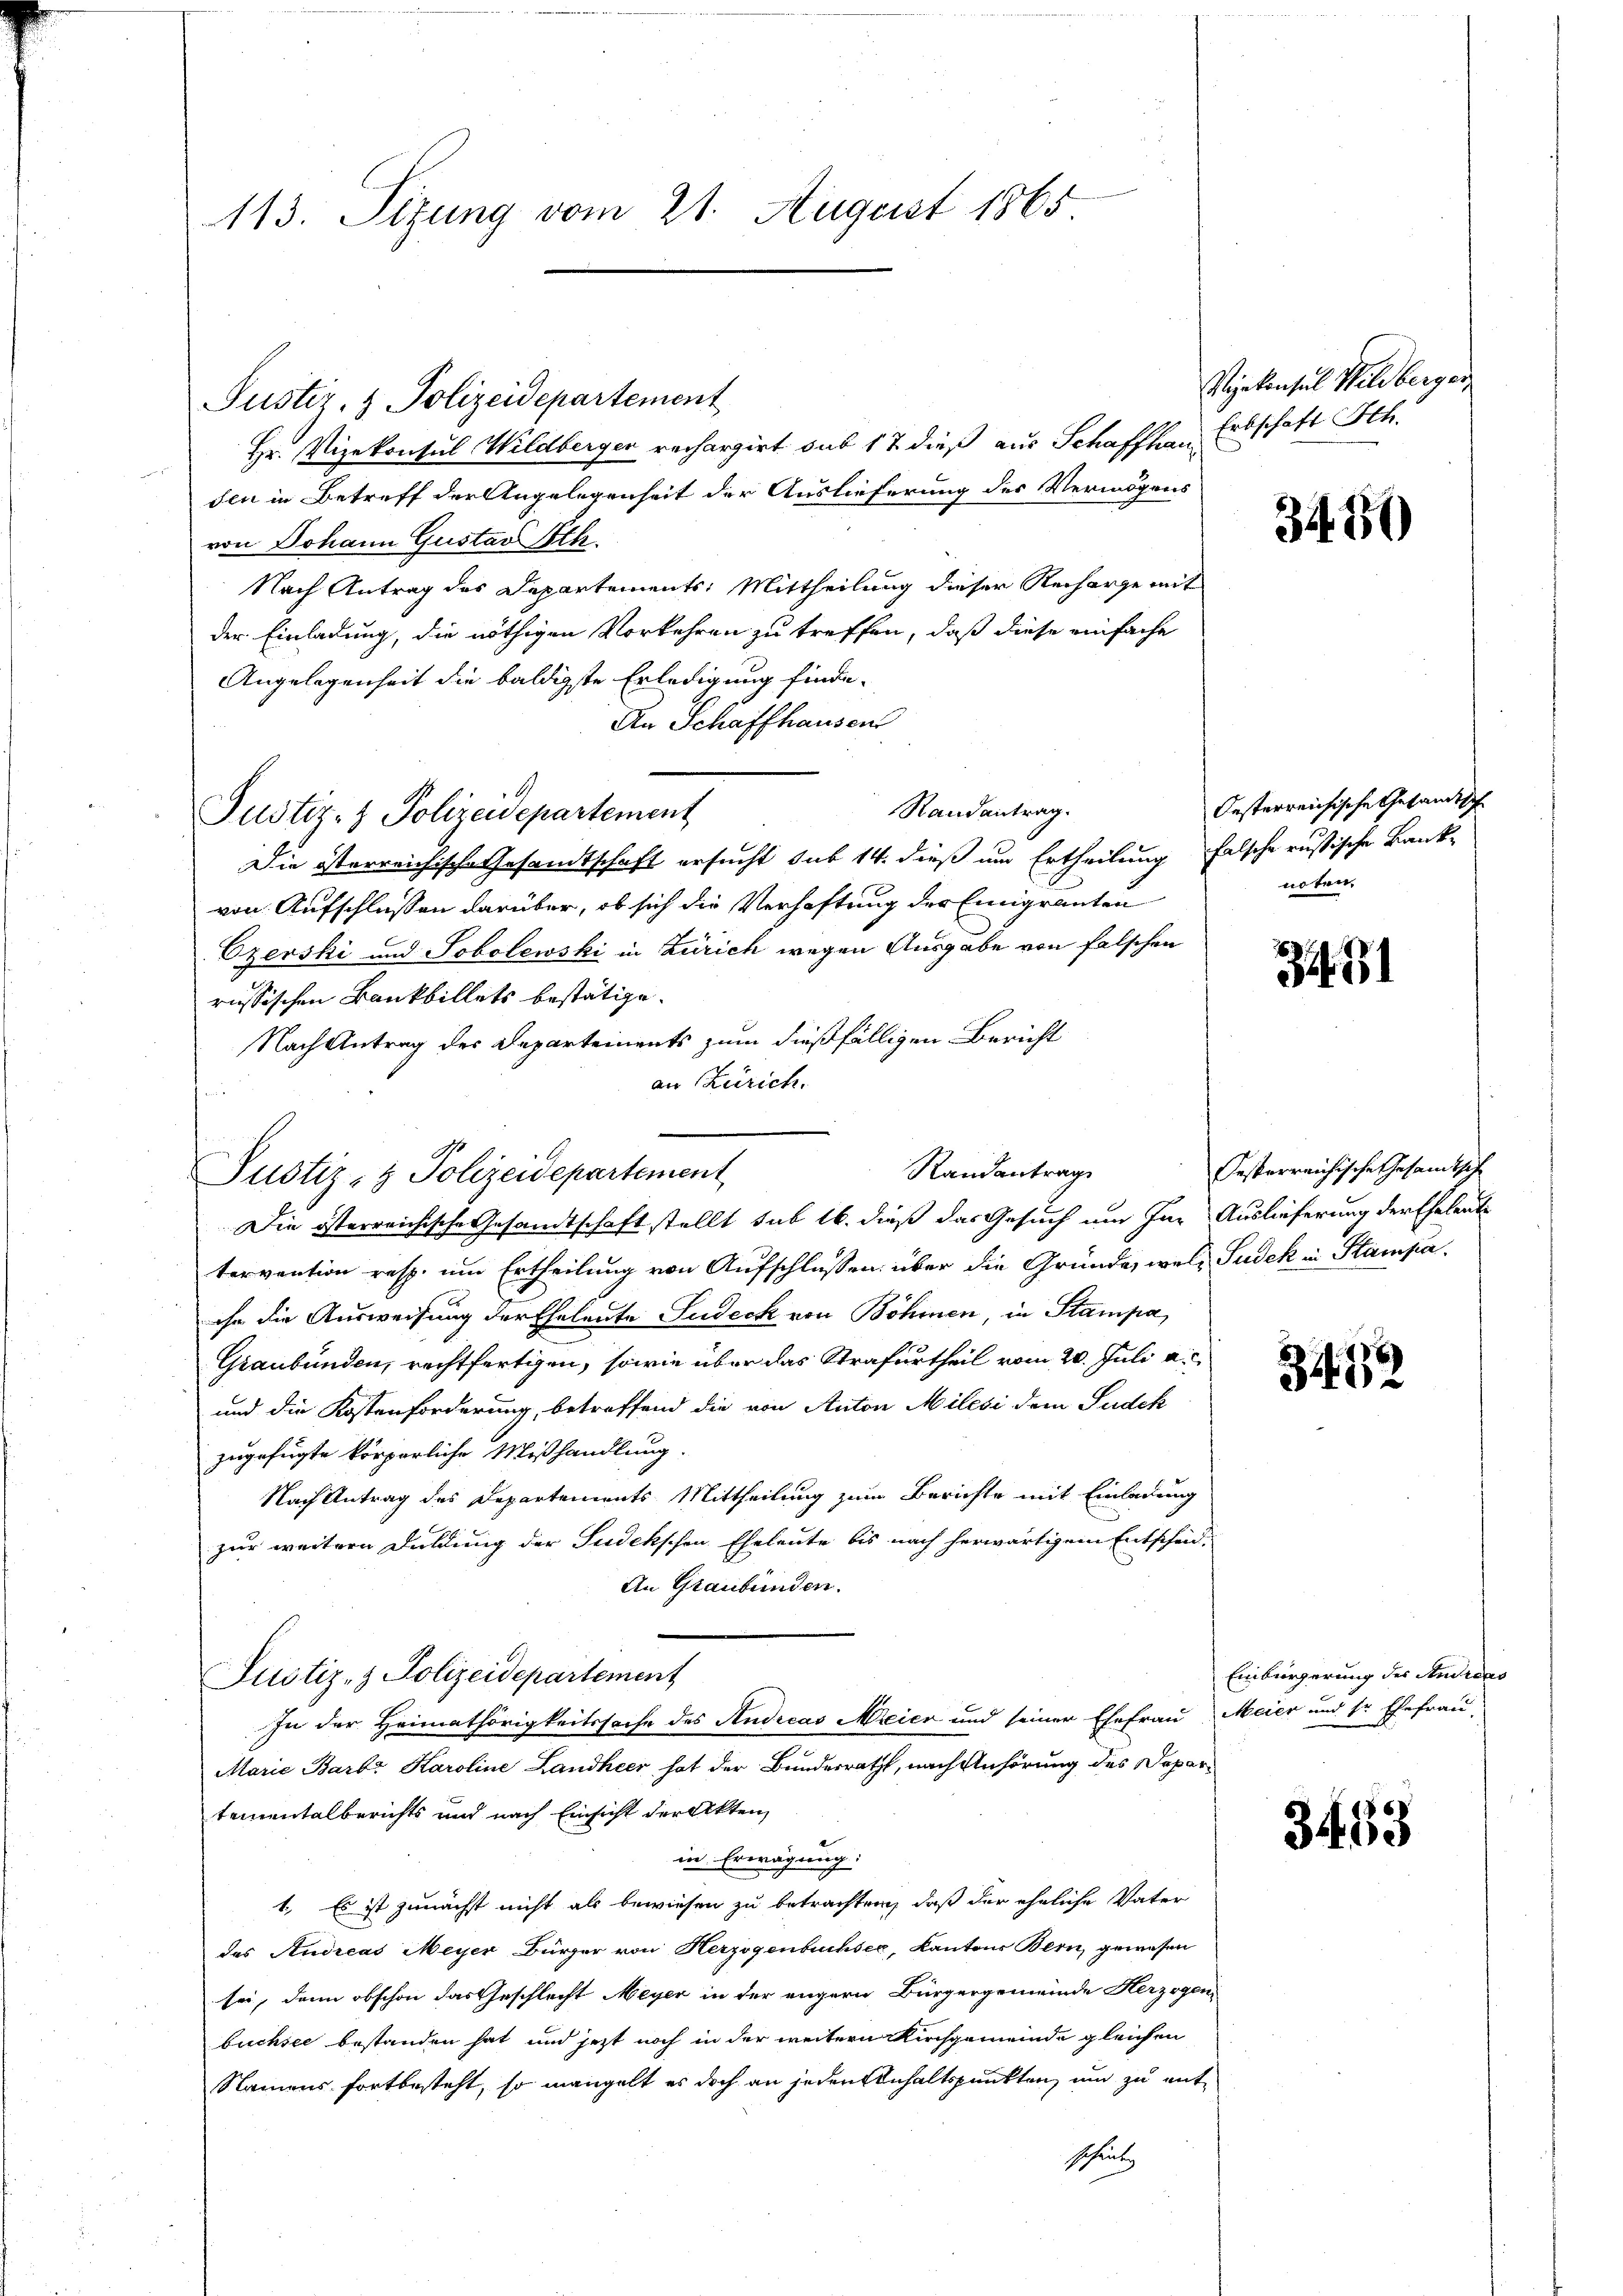
Hr. Vizekonsul Wildberger rechargirt sub 17 dieß aus Schaffhaus Erbschaft Sch.
den in Betreff der Angelegenheit der Auslieferung des Vermögens
von Johann Gustav Ath.
Nach Antrag des Departements Mittheilung dieser Recharge mit
der Einladung, die nöthigen Vorkehren zu treffen, daß diese einfache
Angelegenheit die baldigste Erledigung finde-
An Schaffhausen
Randantrag.
Justiz- & Polizeidepartement
Die österreichische Gesandtschaft ersucht sub 14. dieß um Ertheilung falsche russische Bank-
von Aufschlussen darüber, ob sich die Verhaftung der Einigranten
Ezerski und Sobolewski in Zürich wegen Ausgabe von falschen
russischen Bankbillets bestätige.
Nach Antrag des Departements zum dießfälligen Bericht
an Zürich.
Justiz- & Polizeidepartement
Die österreichische Gesandtschaft stellt sub 16. dieß das Gesuch um Inn Auslieferung der Eheleut
tervention resp. um Ertheilung von Aufschlussen über die Gründe, welch Sudek in Stampa
ihn die Ausweisung der Eheleute Ludeck von Böhmen, in Stampa
Graubünden, rechtfertigen, sowie über das Strafurtheil vom 20. Juli a.c.
und die Kostenforderung, betreffend die von Anton Milesi dem Pudek
zugefügte körperliche Mißhandlung.
Nach Antrag des Departements Mittheilung zum Berichte mit Einladung
zur weitern Duldung der Sudekschen Eheleute bis nach herwärtigem Entscheid,
An Graubünden.
Justiz- & Polizeidepartement
In der Heimathörigkeitssache des Andreas Meier und seiner Ehefrau Meier und sr Ehefrau,
Marie Barb. Karoline Landheer hat der Bundesrath, nach Anhörung des Departementalberichts und nach Einsicht der Akten
in Erwägung:
1. Es ist zunächst nicht als bewiesen zu betrachten, daß der eheliche Vater
des Andreas Meyer Bürger von Herzogenbuchsee, Kantons Bern, gewesen
sei, dann obschon das Geschlecht Meyer in der engern Bürgergemeinde Herzogen,
buchsee bestanden hat, und jetzt noch in der weitern Kirchgemeinde gleichen
Namens fortbesteht, so mangelt es doch an jeden Einhaltspunkten, und zu mit
schent

113. Sitzung vom 21. August 1865

Justiz- & Polizeidepartement

Randantrag

Vizekonsul Hildberger,

3450

Oesterreichische Gesandtsch
noten.

3481

Jesperreichische Gesamtsche

3412

Einbürgerung des Audices

3453